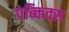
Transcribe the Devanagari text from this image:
पब्किक्स